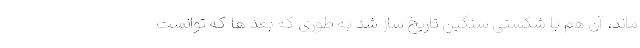
ماند، آن هم با شکستی سنگین تاریخ ساز شد به طوری که بعد ها که توانست